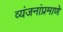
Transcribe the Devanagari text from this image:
व्यंजनांप्रमाणे